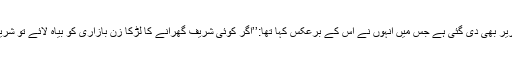
ساتھ ہی ان کی 1953ء کی دہلی دروازہ کی تقریر بھی دی گئی ہے جس میں انہوں نے اس کے برعکس کہا تھا:’’اگر کوئی شریف گھرانے کا لڑکا زنِ بازاری کو بیاہ لائے تو شریف لوگ اسے بہ امر مجبوری قبول کرلیتے ہیں۔